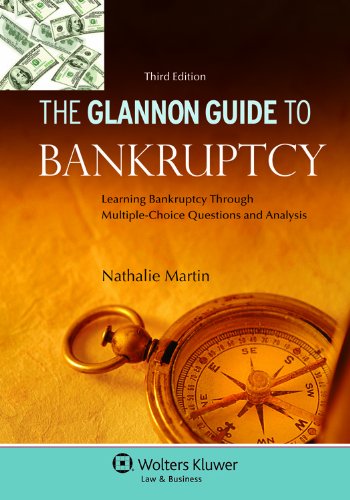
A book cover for Glannon Guide to Bankruptcy: Learning Bankruptcy Through Multiple-Choice Questions and Analysis, 3rd Edition; Nathalie Martin; Law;